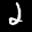
Label: 2